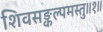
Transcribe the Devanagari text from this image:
शिवसङ्कल्पमस्तु॥१॥